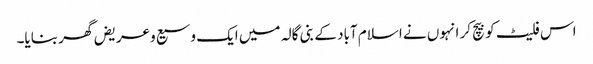
اس فلیٹ کو بیچ کر انہوں نے اسلام آباد کے بنی گالہ میں ایک وسیع وعریض گھر بنایا۔